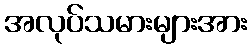
အလုပ်သမားများအား